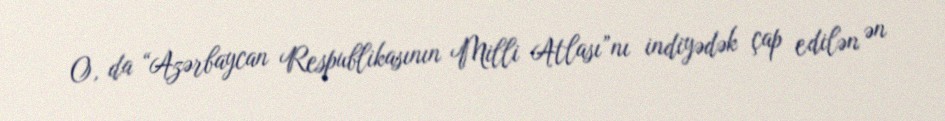
O, da “Azərbaycan Respublikasının Milli Atlası”nı indiyədək çap edilən ən